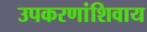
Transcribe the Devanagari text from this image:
उपकरणांशिवाय